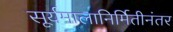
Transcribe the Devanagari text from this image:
सूर्यमालानिर्मितीनंतर